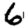
Digit: 6